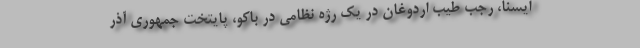
ایسنا، رجب طیب اردوغان در یک رژه نظامی در باکو، پایتخت جمهوری آذر